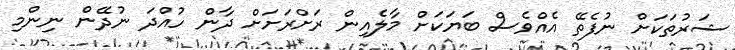
ޝަރުތަކަށް ނުފެތޭ އެއްވެސް ބަޔަކަށް މާލެއިން ރަށްރަށަށް ދާން ހުއްދަ ނުދޭން ނިންމި